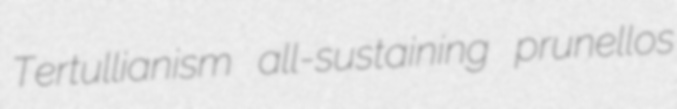
Tertullianism all-sustaining prunellos